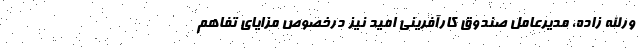
ورالله زاده، مدیرعامل صندوق کارآفرینی امید نیز درخصوص مزایای تفاهم